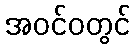
အဝင်ဝတွင်